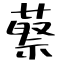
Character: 蔡